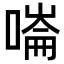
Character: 𠼩